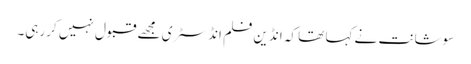
سوشانت نے کہا تھا کہ انڈین فلم انڈسٹری مجھے قبول نہیں کررہی۔